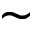
\sim